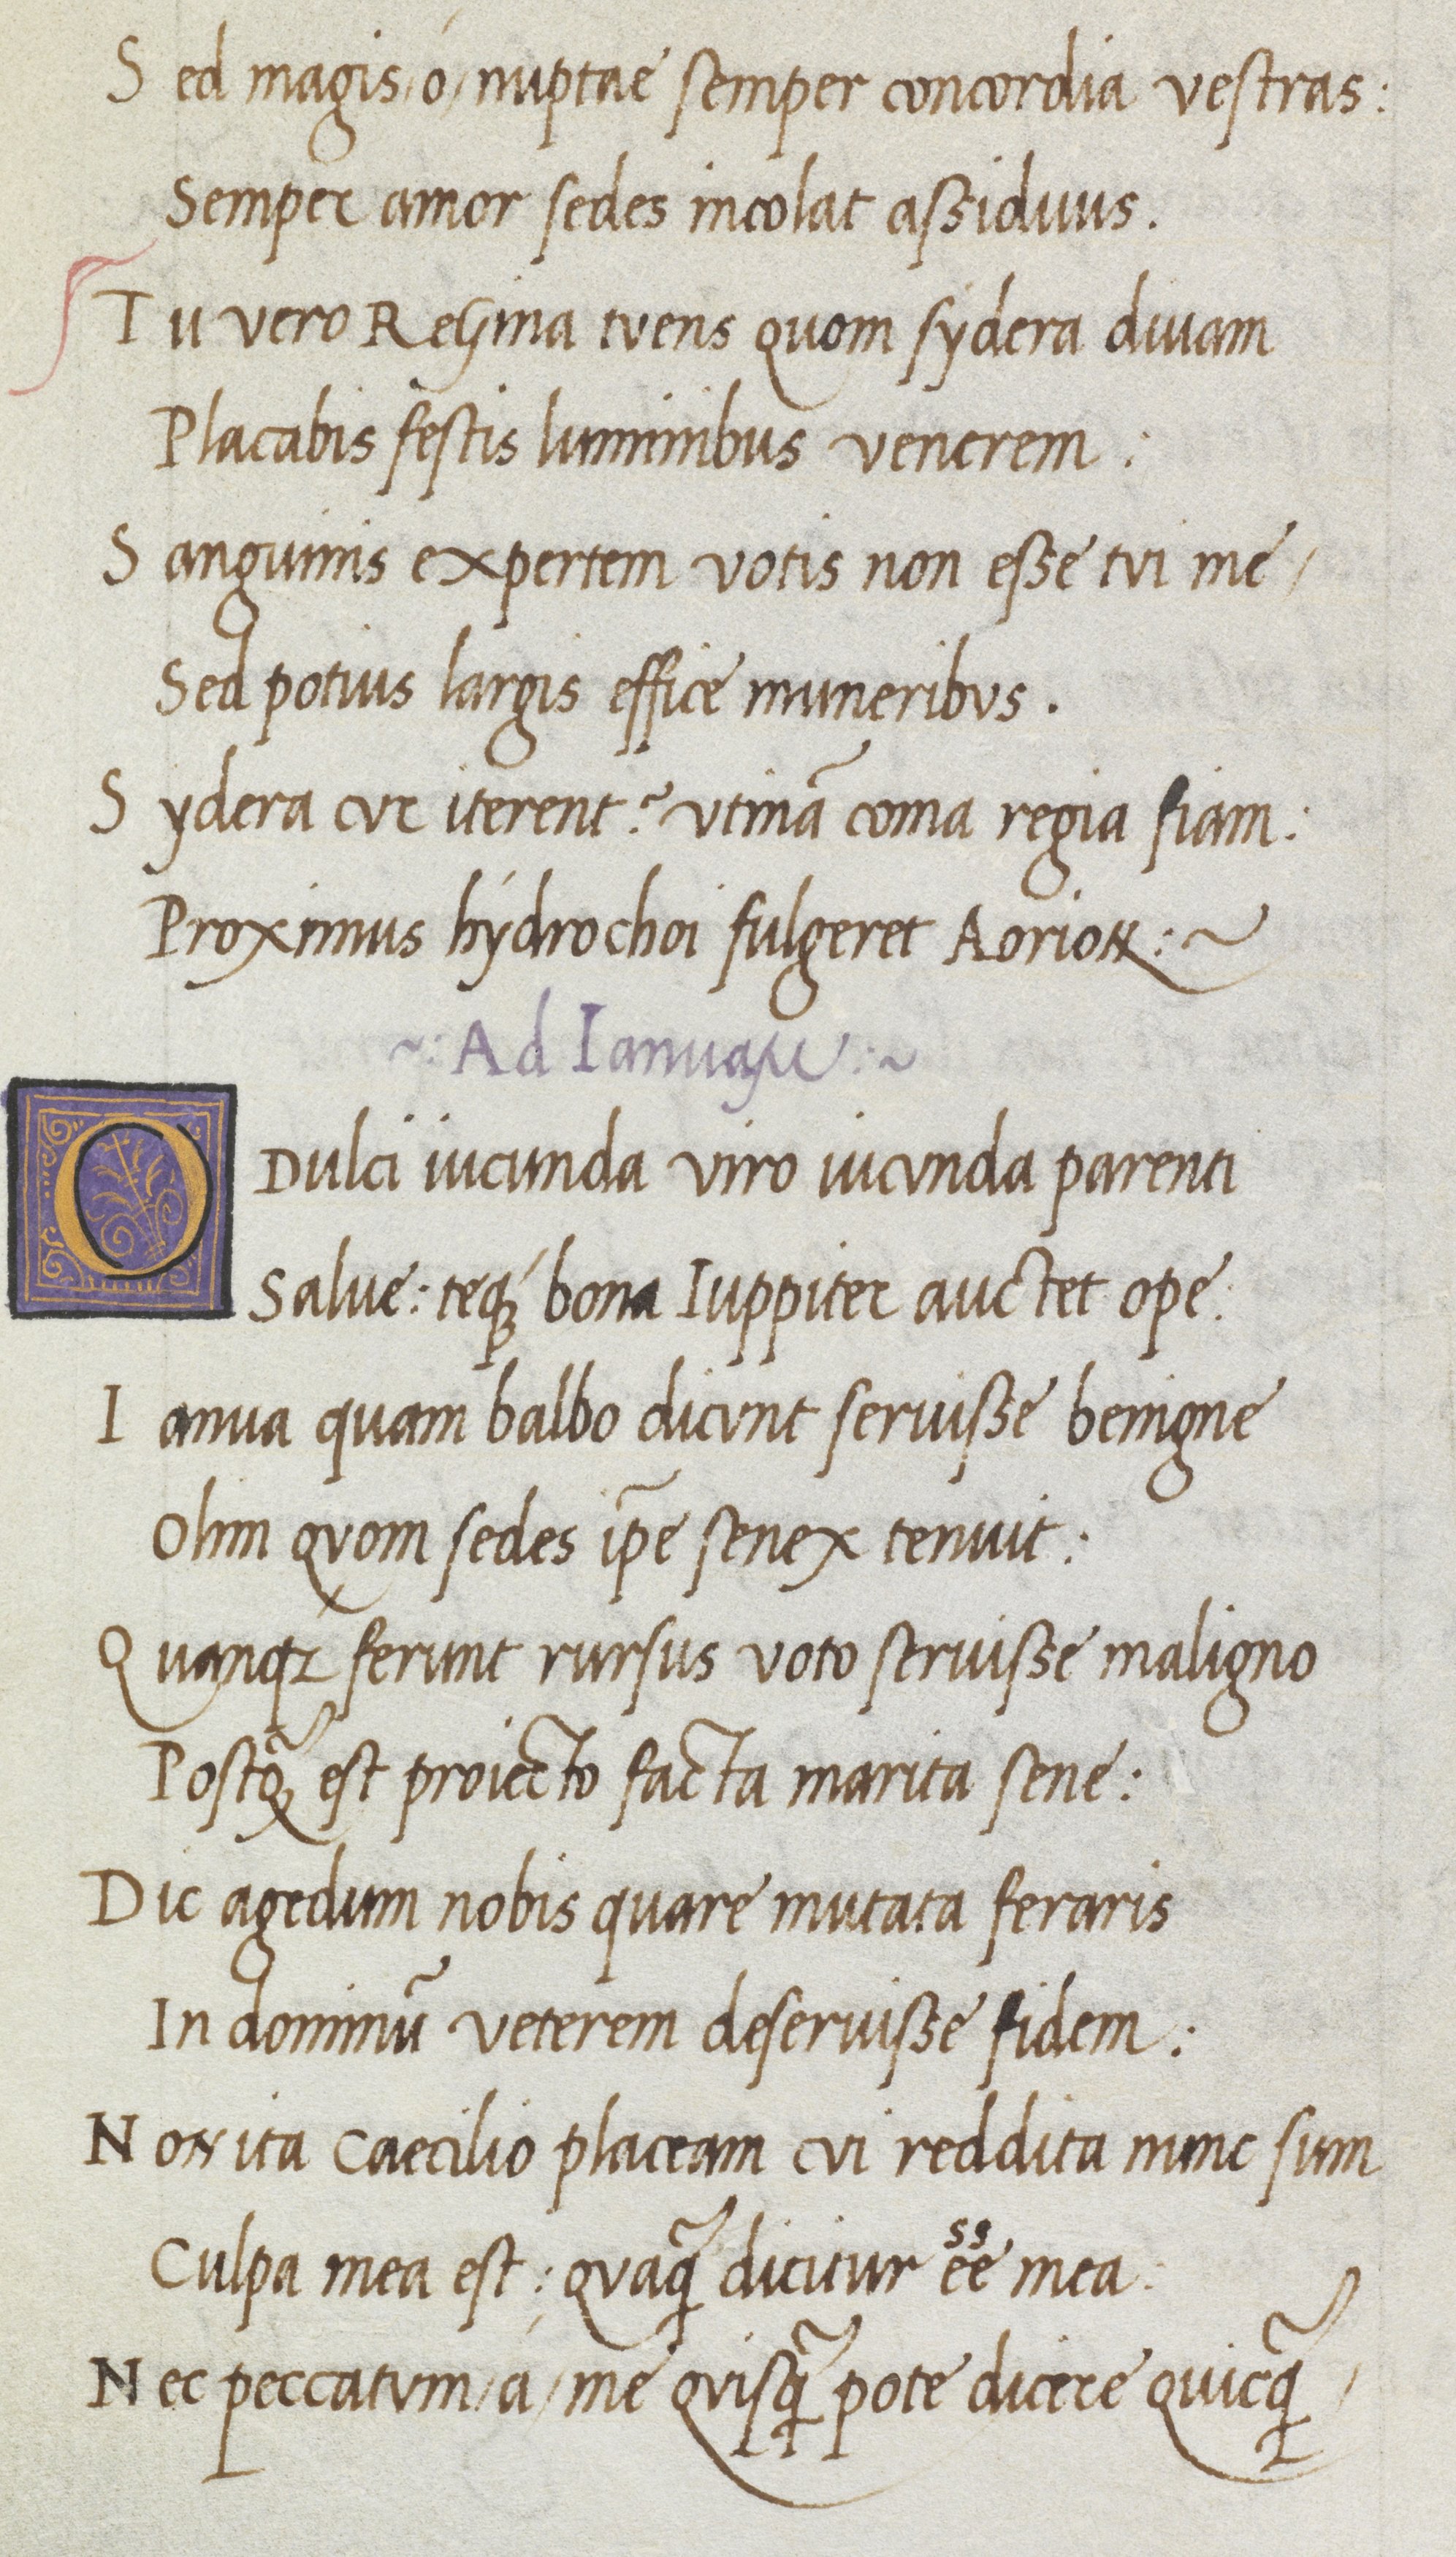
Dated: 1470–1499